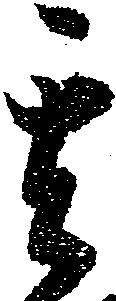
其